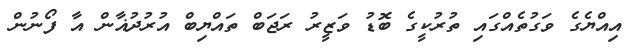
އިއްޔެގެ ވަގުތެއްގައި ތުރުކީގެ ބޮޑު ވަޒީރު ރަޖަބް ތައްޔިބް އުރުދުޣާން އާ ފޯނުން